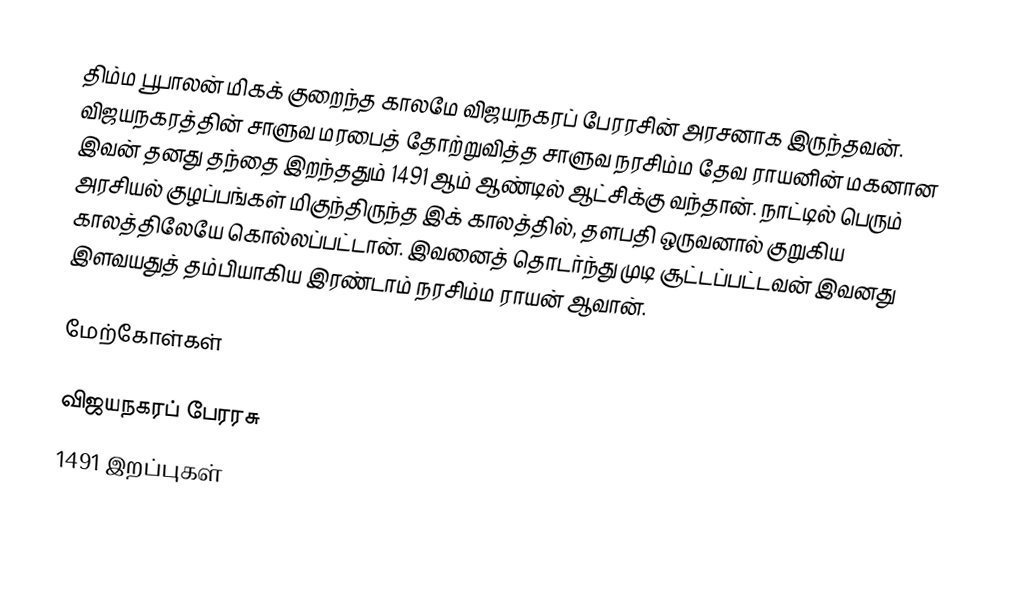
திம்ம பூபாலன் மிகக் குறைந்த காலமே விஜயநகரப் பேரரசின் அரசனாக இருந்தவன். விஜயநகரத்தின் சாளுவ மரபைத் தோற்றுவித்த சாளுவ நரசிம்ம தேவ ராயனின் மகனான இவன் தனது தந்தை இறந்ததும் 1491 ஆம் ஆண்டில் ஆட்சிக்கு வந்தான். நாட்டில் பெரும் அரசியல் குழப்பங்கள் மிகுந்திருந்த இக் காலத்தில், தளபதி ஒருவனால் குறுகிய காலத்திலேயே கொல்லப்பட்டான். இவனைத் தொடர்ந்து முடி சூட்டப்பட்டவன் இவனது இளவயதுத் தம்பியாகிய இரண்டாம் நரசிம்ம ராயன் ஆவான்.

மேற்கோள்கள்

விஜயநகரப் பேரரசு
1491 இறப்புகள்